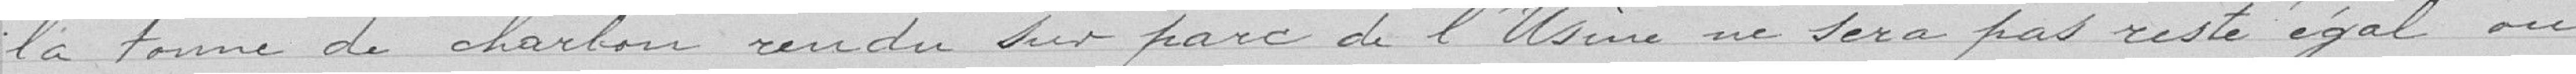
la tonne de charbon rendu sur parc de l'Usine ne sera pas égal ou